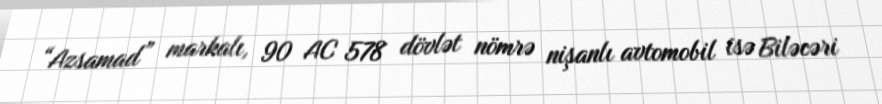
“Azsamad” markalı, 90 AC 578 dövlət nömrə nişanlı avtomobil isə Biləcəri